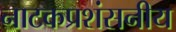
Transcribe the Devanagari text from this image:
नाटकप्रशंसनीय